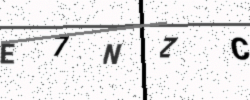
Text: E7NZC